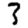
Digit: 3